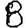
Digit: 8